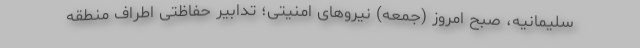
سلیمانیه، صبح امروز (جمعه) نیرو‌های امنیتی؛ تدابیر حفاظتی اطراف منطقه